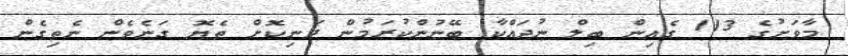
މާވަށުގެ 113 ގެއިން ބިލް ނުދައްކާ ބޭނުންކުރަމުން ދަނިކޮށް ތެޔޮ ގަނެވެން ނެތިގެން